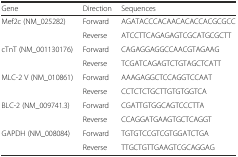
| Gene | Direction | Sequences |
 | --- | --- | --- |
 | <ROWSPAN=2> Mef2c (NM_025282) | Forward | AGATACCCACAACACACCACGCGCC |
 | Reverse | ATCCTTCAGAGAGTCGCATGCGCTT |
 | <ROWSPAN=2> cTnT (NM_001130176) | Forward | CAGAGGAGGCCAACGTAGAAG |
 | Reverse | TCGATCAGAGTCTGTAGCTCATT |
 | <ROWSPAN=2> MLC-2 V (NM_010861) | Forward | AAAGAGGCTCCAGGTCCAAT |
 | Reverse | CCTCTCTGCTTGTGTGGTCA |
 | <ROWSPAN=2> BLC-2 (NM_009741.3) | Forward | CGATTGTGGCAGTCCCTTA |
 | Reverse | CCAGGATGAAGTGCTCAGGT |
 | <ROWSPAN=2> GAPDH (NM_008084) | Forward | TGTGTCCGTCGTGGATCTGA |
 | Reverse | TTGCTGTTGAAGTCGCAGGAG |